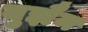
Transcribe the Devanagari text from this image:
युझैन